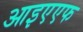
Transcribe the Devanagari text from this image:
आइएएफ